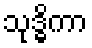
သုဒ္ဓိကာ